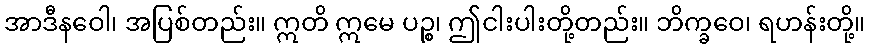
အာဒီနဝေါ၊ အပြစ်တည်း။ ဣတိ ဣမေ ပဉ္စ၊ ဤငါးပါးတို့တည်း။ ဘိက္ခဝေ၊ ရဟန်းတို့။